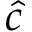
\hat { c }